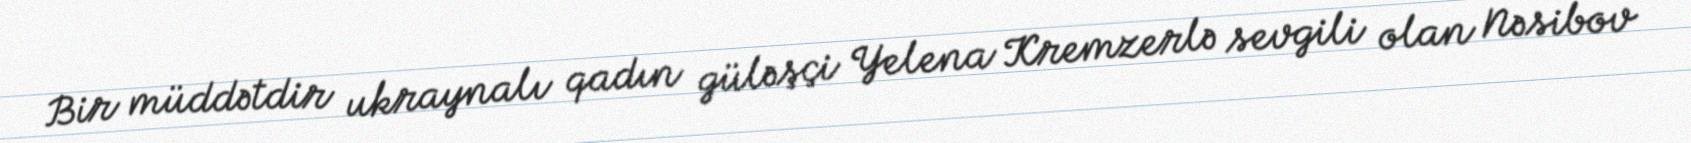
Bir müddətdir ukraynalı qadın güləşçi Yelena Kremzerlə sevgili olan Nəsibov